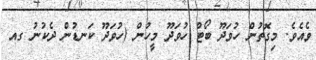
ވެއެވެ. މިގޮތުން ހުވަދޫ ބޯޓް ހުވަދޫ މީހުން (ހުވަދޫ ކަނޑުން ދެކުނު ގއ